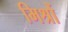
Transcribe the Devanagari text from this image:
मिश्रों